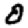
Digit: 0